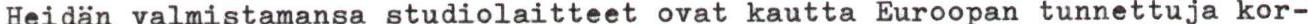
Heidän valmistamansa studiolaitteet ovat kautta Euroopan tunnettuja kor-